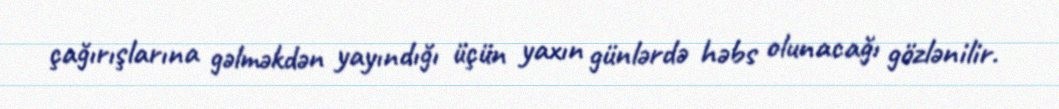
çağırışlarına gəlməkdən yayındığı üçün yaxın günlərdə həbs olunacağı gözlənilir.